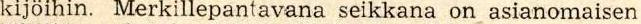
kijöihin. Merkillepantavana seikkana on asianomaisen